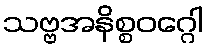
သဗ္ဗအနိစ္စဝဂ္ဂေါ